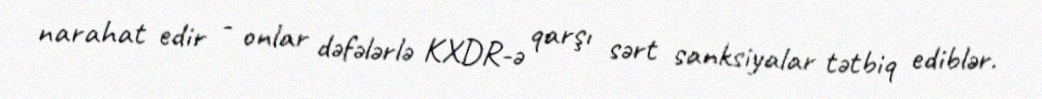
narahat edir - onlar dəfələrlə KXDR-ə qarşı sərt sanksiyalar tətbiq ediblər.